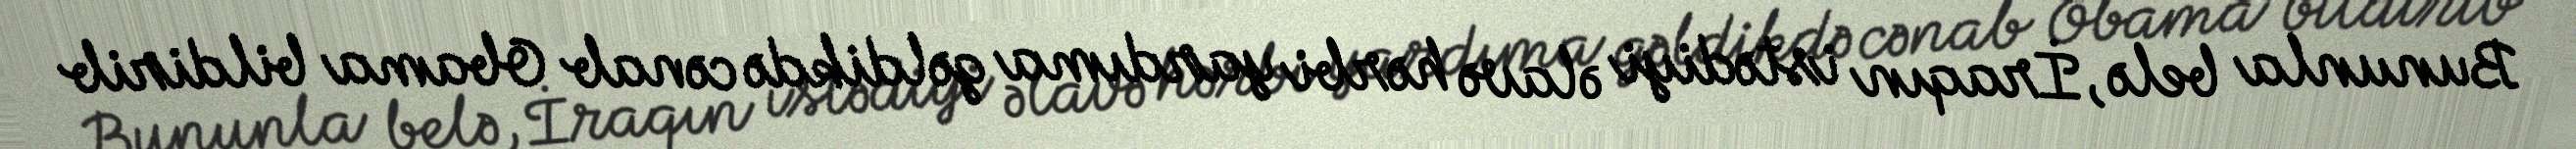
Bununla belə, İraqın istədiyi əlavə hərbi yardıma gəldikdə cənab Obama bildirib